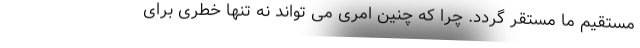
مستقیم ما مستقر گردد. چرا که چنین امری می تواند نه تنها خطری برای